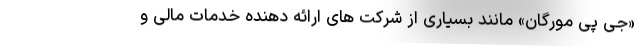
«جی پی مورگان» مانند بسیاری از شرکت های ارائه دهنده خدمات مالی و